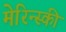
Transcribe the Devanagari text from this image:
मेरिन्स्की